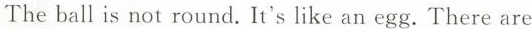
The ball is not round.It's like an egg.There are